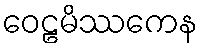
ဝေဠမိဿကေန